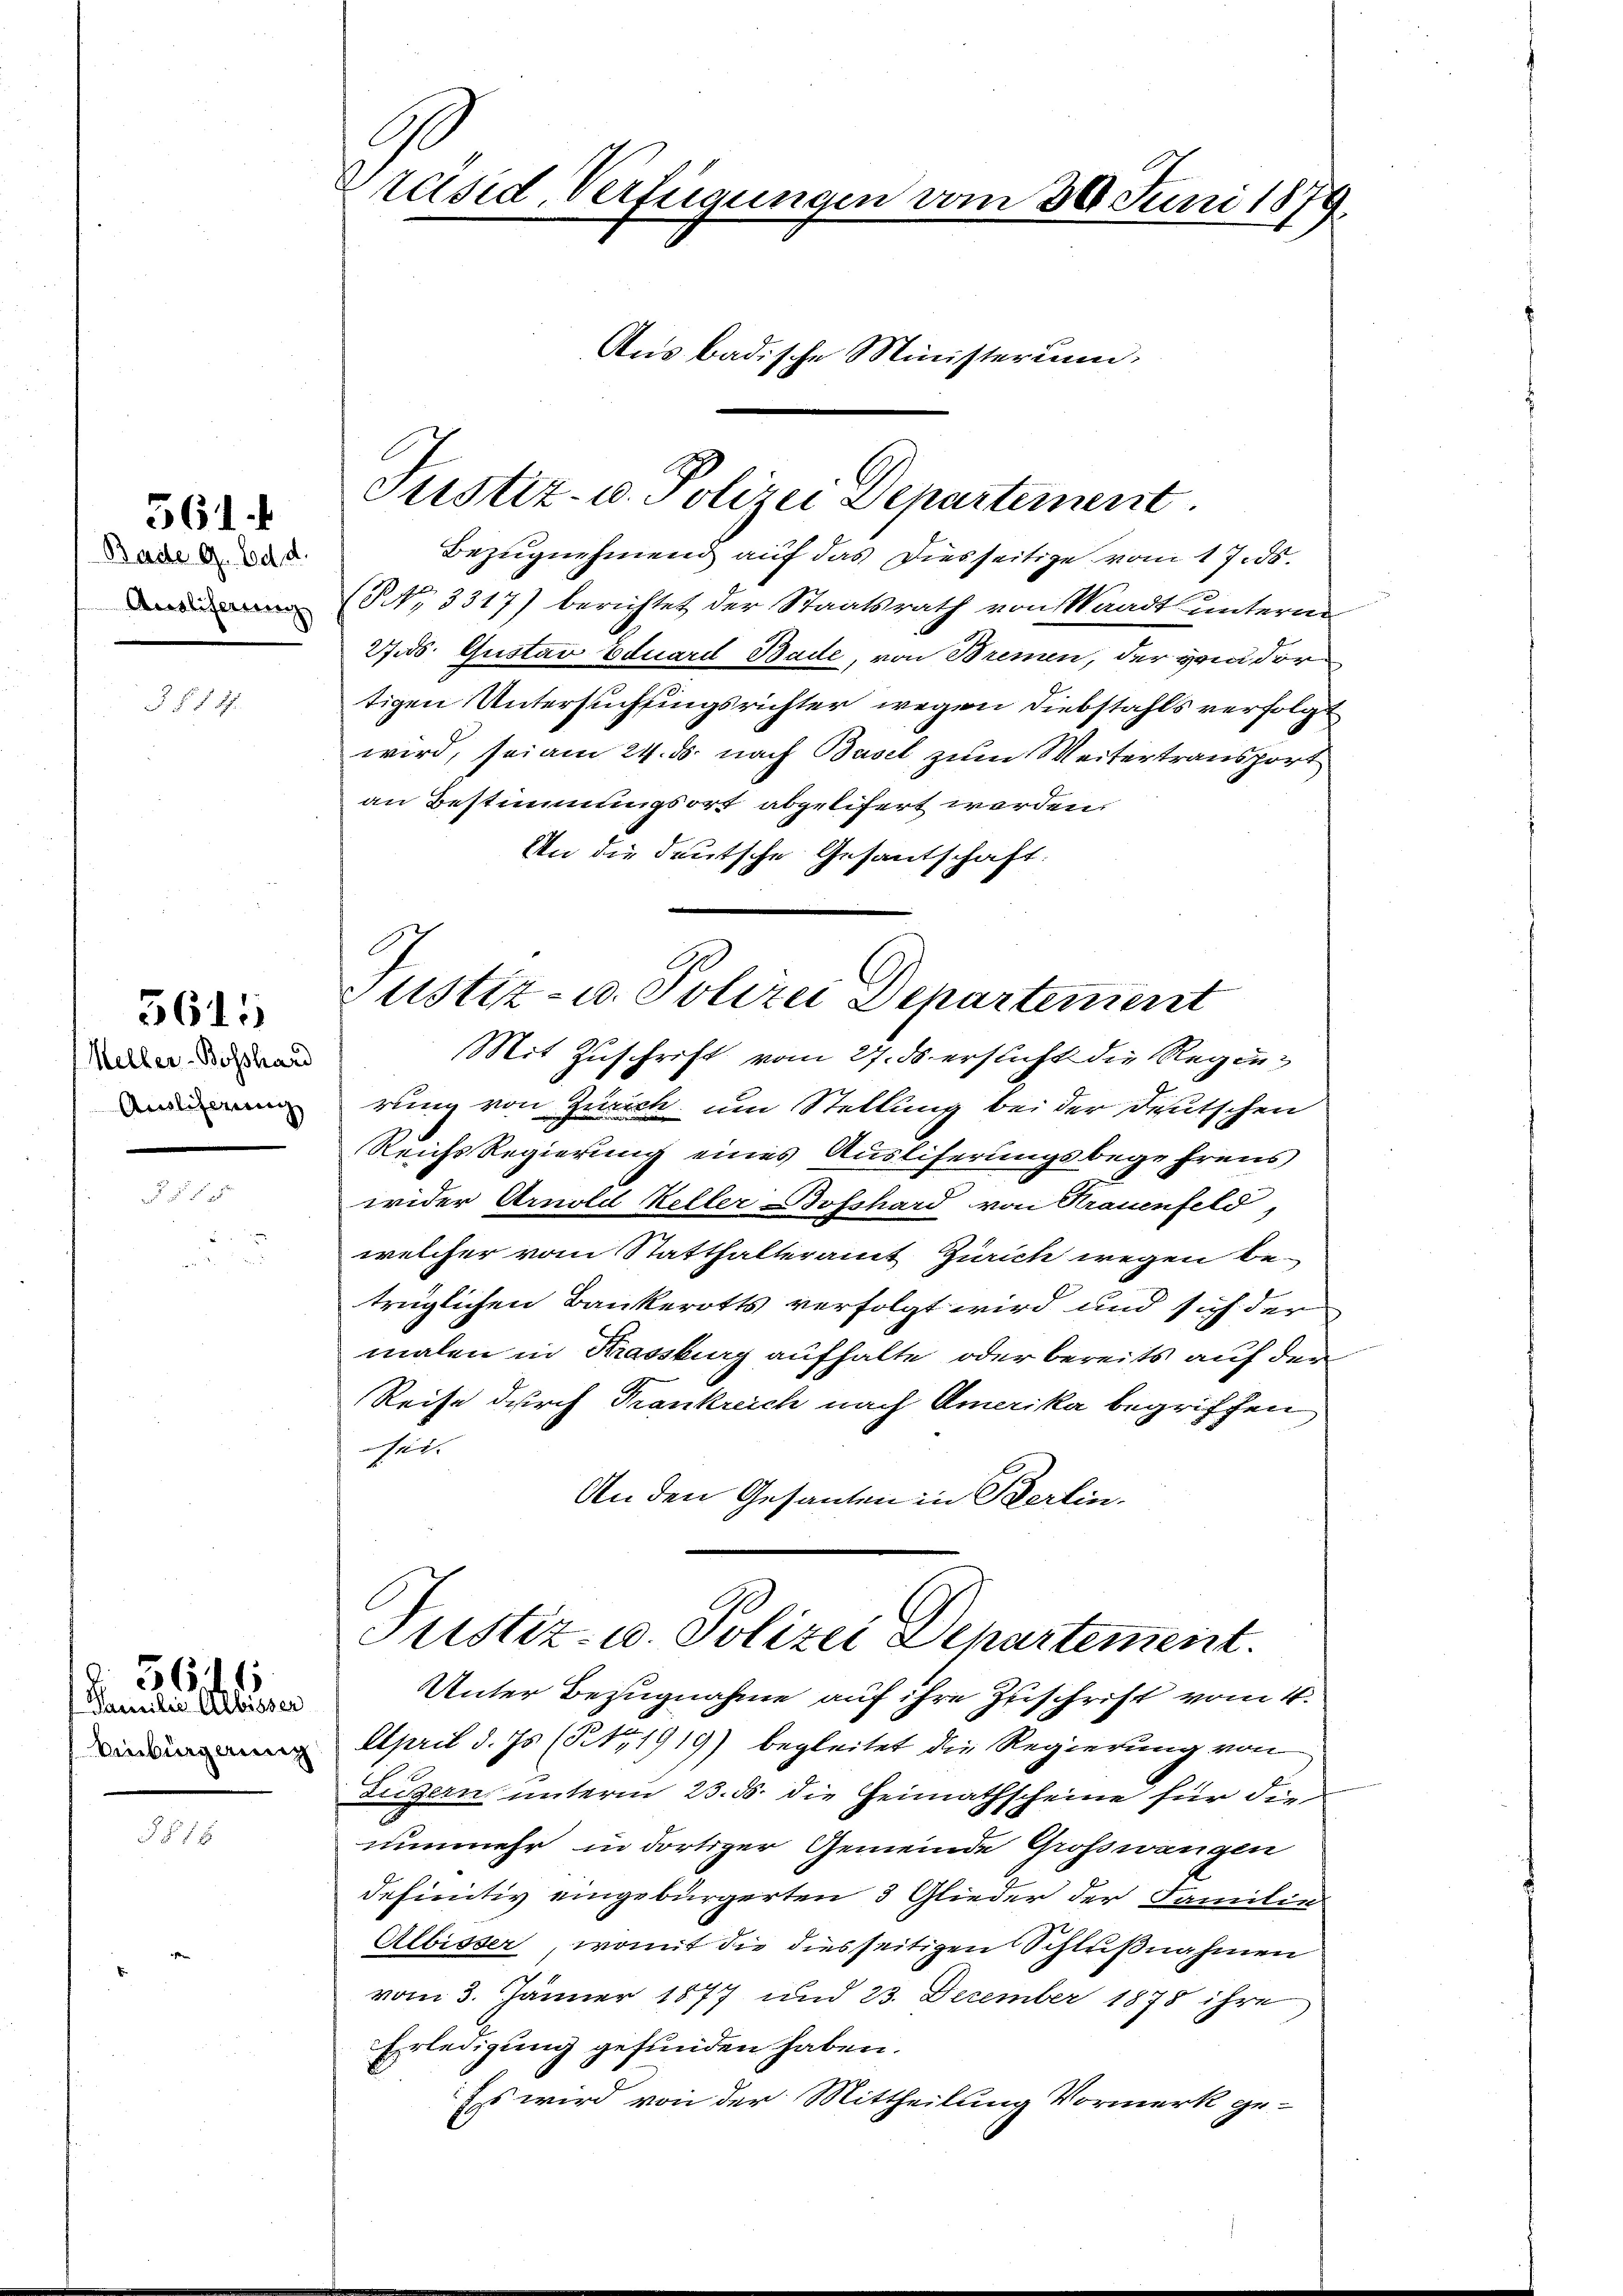
561.

Baite G. d. d.
Ausliferien.

§ §. 8.

Meller-Boßhard
Auslieferung

3615

Familie Albisser
Einbürgerung

5616

§15

Präsid Verfügungen vom 30. Juni 1879.
Aus badische Ministerium,

Justiz- u. Polizei Departement

Bezugnehmend auf das Diesseitige vom 17. ds.
(NNo. 3317) berichtet der Staatsrath von Waadt unterm
2.ds. Gustav Eduard Bade, von Bremen, der Hander
tigen Untersuchungsrichter wegen Diebstahls verfolgt
wird, sei am 24. ds. nach Basel zum Weitertransport
an Bestimmungsort abgelifert werden.
An die deutsche Gesantschaft.
Mit Zuschrift vom 27. ds ersucht die Regenrung von Zürich um Stellung bei der Deutschen
Reichs Regierung eines Ausliferungsbegehrens
wider Arnold Keller Bosshard von Krauenfeld,
welcher vom Statthalteramt Zürich wegen betrüglichen Bankerotts verfolgt wird und sich der
malen in Krassburg aufhalte oder bereits auf der
Reise durch Frankreich nach Amerika begriffen
sei.
An den Gesanten in Berlin.
Justiz- u. Polizei Departement.
Unter Bezugnahme auf ihre Zuschrift vom 4.
April d. Js. (Nr. 1919) begleitet die Regierung von
Lugern unterm 23. ds. die Heimathscheine für die
nunmehr in dortiger Gemeinde Grosswangen
definitiv eingebürgerten 3 Glieder der Familie
Albisser, womit die diesseitigen Schlußnahmen
vom 3. Jänner 1877 und 23. Dezember 1878 ihre
Erledigung gefunden haben.
Es wird von der Mittheilung Vormerk ge-

Justiz- u. Polizei Departement